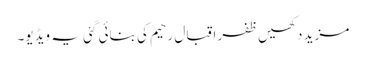
مزید دکھیں ظفر اقبال رحیم کی بنائی گئی یہ ویڈیو۔